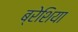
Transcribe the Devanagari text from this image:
ब्रेशिया